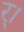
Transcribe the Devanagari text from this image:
र्।